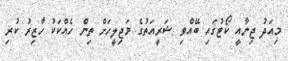
މިއަދު ޖިނާއީ ކޯޓުގައި ބޭއްވި ޝަރީއަތުގެ މަޖިލީހަށް ތިން ހެއްކަކު ހާޒިރު ކުރި